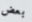
بعض